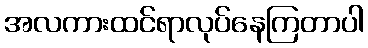
အလကားထင်ရာလုပ်နေကြတာပါ